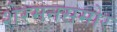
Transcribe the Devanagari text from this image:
शेरमनसमोर